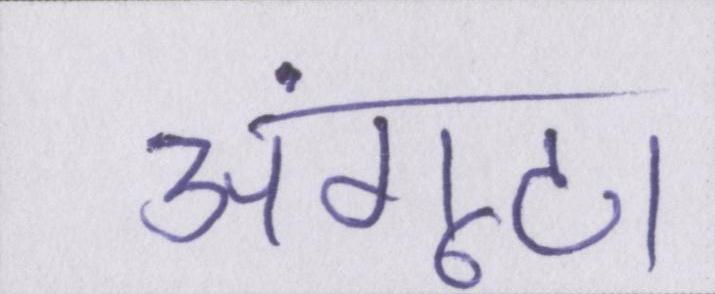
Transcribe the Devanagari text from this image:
अंगूठा